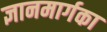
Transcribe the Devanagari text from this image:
ज्ञानमार्गका